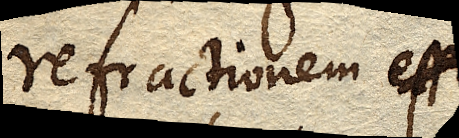
refractionem esse